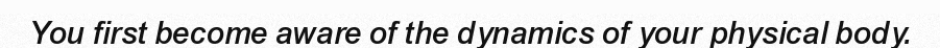
You first become aware of the dynamics of your physical body.